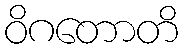
ဝိဂတောတိ